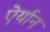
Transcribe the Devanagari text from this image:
ऐर्यान